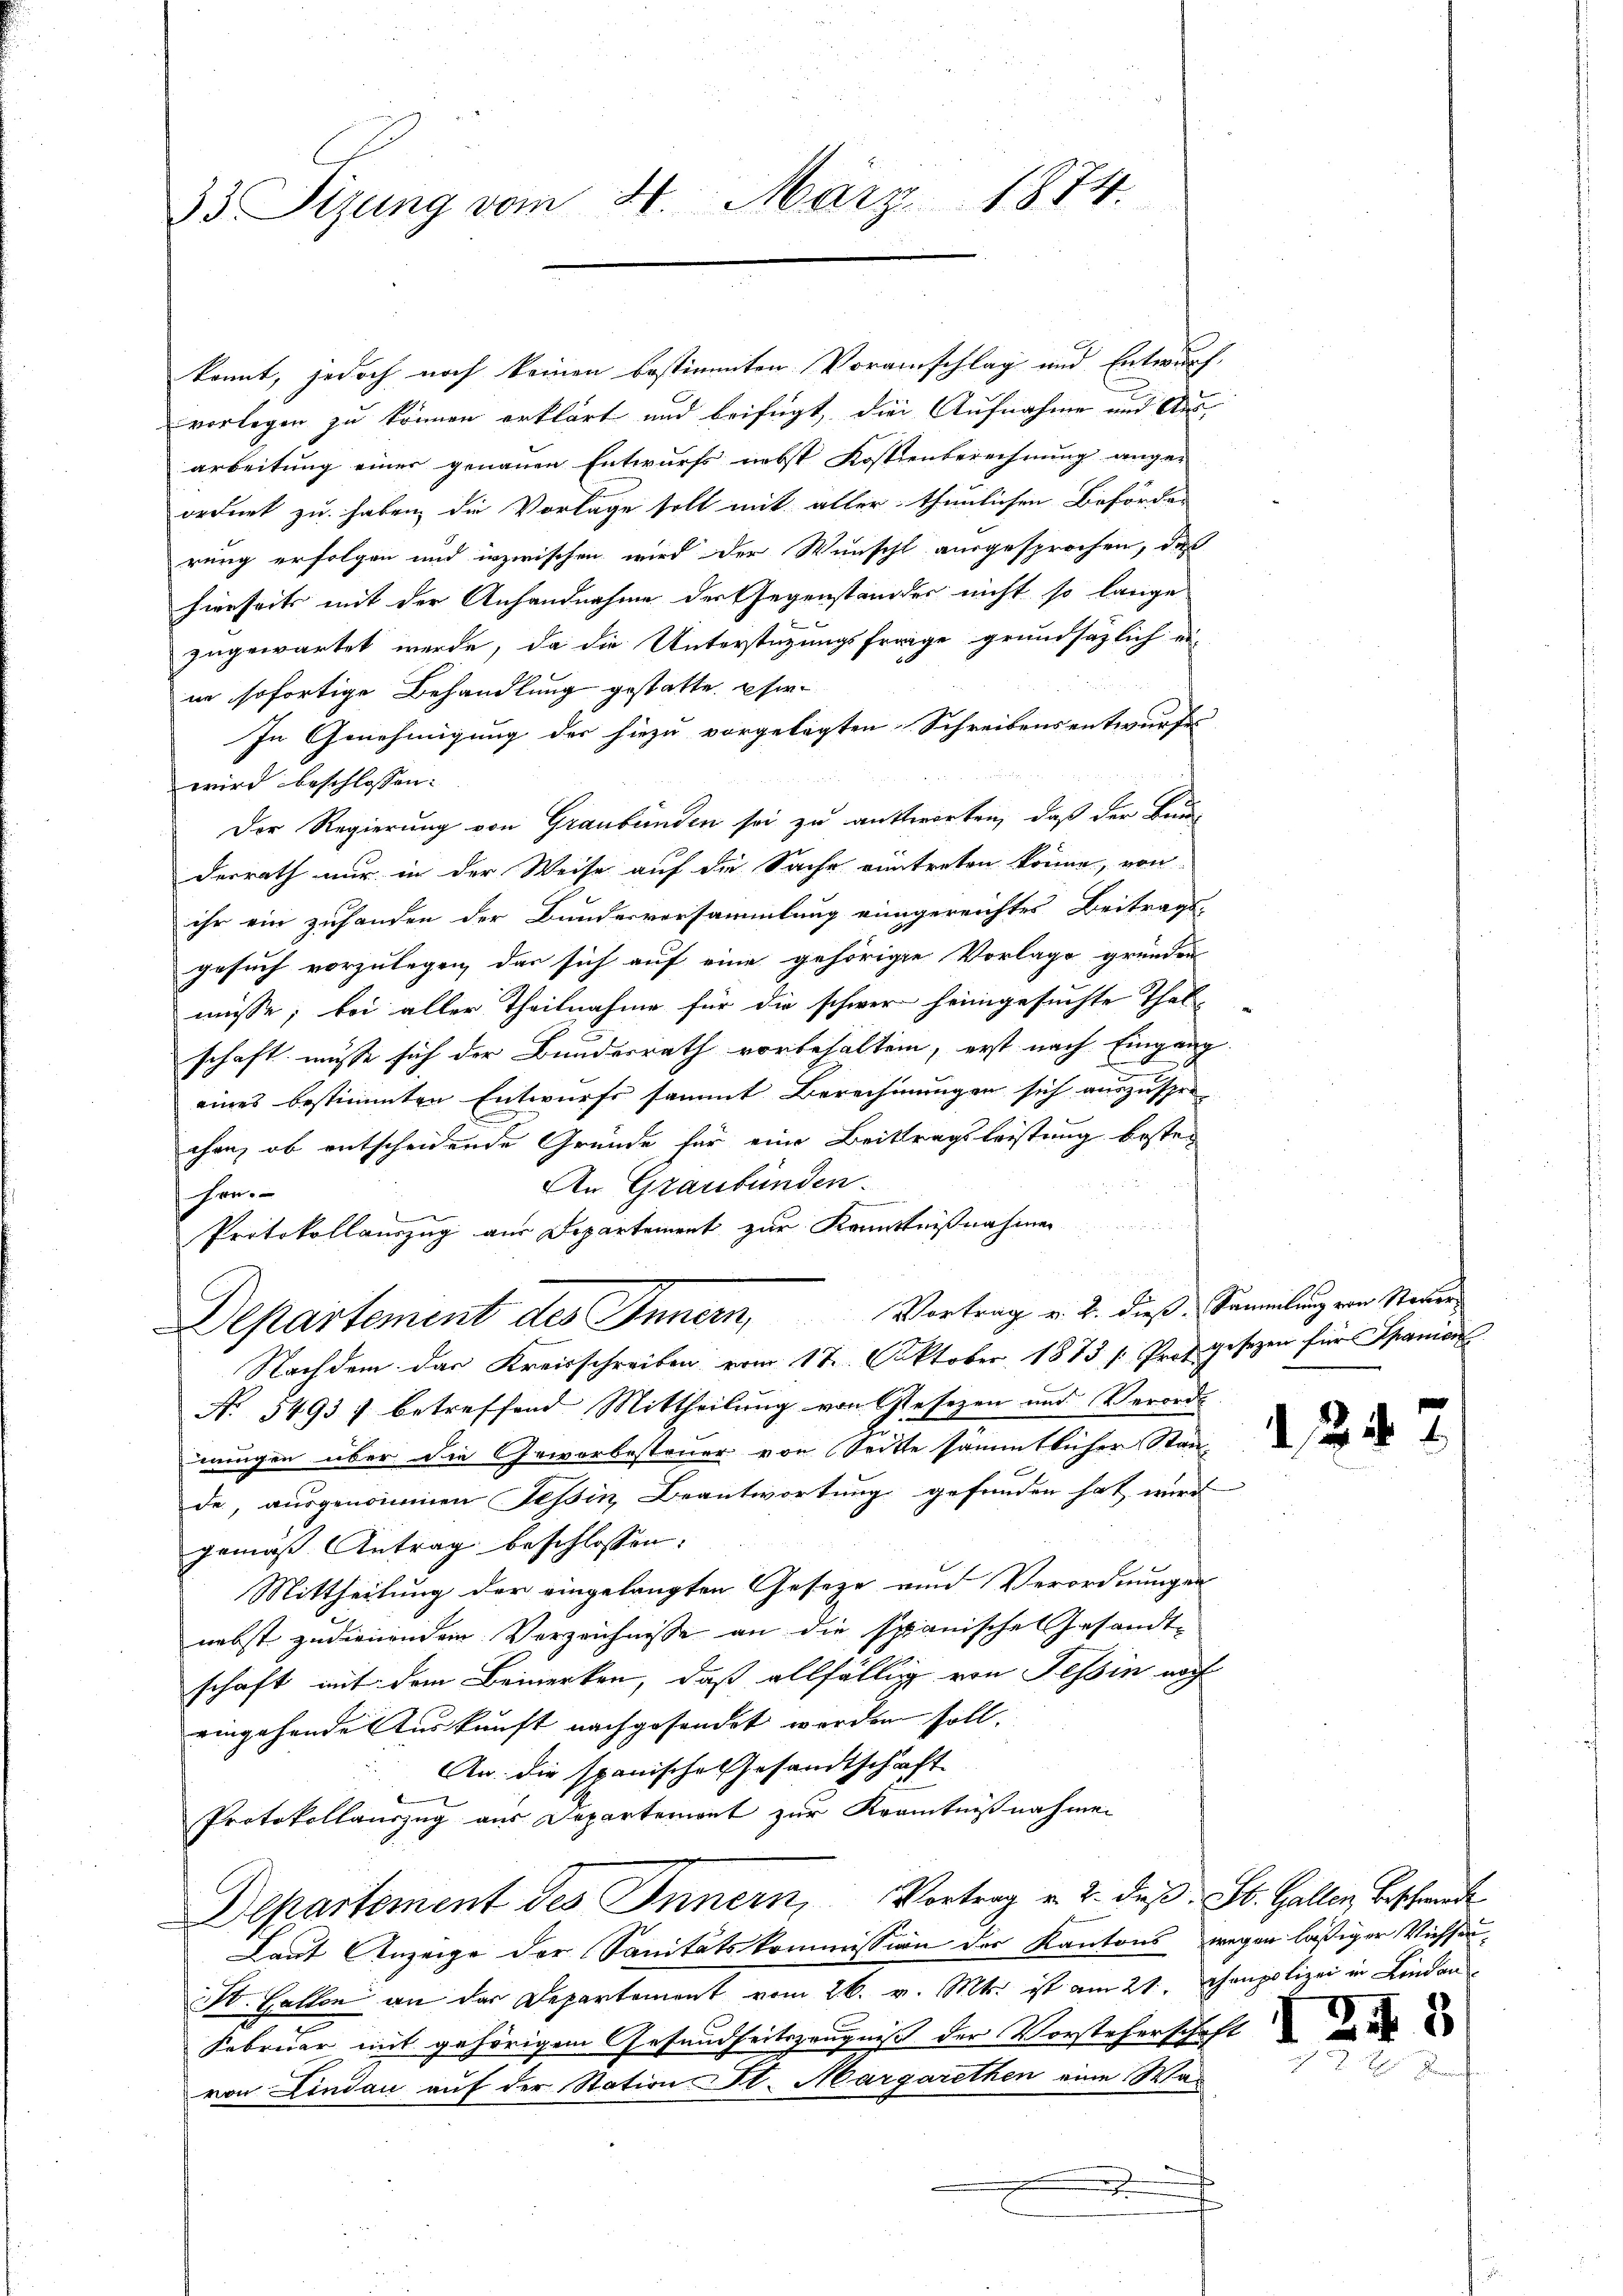
33 Sizung vom 20. März 1874.

kannt, jedoch noch keinen bestimmten Voranschlag und Entwurf
vorlegen zu können erklärt und beifügt, die Aufnahme und Ausarbeitung einer genauen Entwurfs nebst Kostenberechnung ange-
ordnet zu haben die Vorlage soll mit aller thunlichen Behörder
rung erfolgen und inzwischen wird der Wunscht ausgesprochen, daß
hierseits mit der Anhandnahme der Gegenstandes nicht so lange
zugewartet werde, da die Unterstützungsfrage grundsätzlich ei
in sofortige Behandlung gestatte. Pfer¬
In Genehmigung der hiezu vorgelegten Schreibens entwurfes
wird beschlossen:
Der Regierung von Graubünden sei zu antworten, daß der Bun-
derrath nur in der Weise auf die Sache eintreten könne, von
ihr ein zuhanden der Bundesversammlung eingereichtes Beitrags-
gesuch vorzulegen, das sich auf eine gehörige Vorlage gründen
müsse; bei aller Theilnahme für die schwer heimgesuchte Thalschaft müsse sich der Bundesrath vorbehalten, erst nach Eingang
eines bestimmten Entwurfs sammt Berechnungen sich auszuspre-
chen, ob entscheidende Gründe für eine Beitragsleistung besten
An Graubünden.
en
n
Protokollauszug aus Departement zur Kenntnißnahmen
Departement des Innern, Vortrag v. 2. dieß, Sammlung von Neuer
Nachdem das Kreisschreiben vom 17. Oktober 1873 /: Prof. Gesezen für Spanien
No 5493) betreffend Mittheilung von Gesezen und Verorde
nungen über die Geworbesteuer von Seitte sämmtlicher Stan-
de, ausgenommen Tessin, Beantwortung gefunden hat mir
gemäß Antrag beschlossen:
Mittheilung der eingelangten Geseze unnd Verordnungen
nebst zudienenden Verzeichnisse an die Spanisches Gesandt-
schaft mit dem Bemerken, daß allfällig von Tessin noch
eingehende Auskunft nachgesendet werden soll.
An die spanische Gesandtschaft
Protokollauszug aus Departemont zur Kranntnißnahmen
Departement des Innern, Vortrag v. 2. das St. Gallen bescheide
Laut Anzeige der Sanitätskommission der Kantons wegen lässiger Viehseu¬
St. Gallen an der Departement vom 26. v. Mts. ist am 21. Canpolizei in Linda
Februar mit gehörigem Gesundheitszeugniß der Vorsteherschaft
von Lindau auf der Station St. Margarethen eine Was

12

2